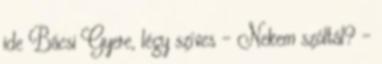
ide Bácsi Gyere, légy szíves – Nekem szóltál? –